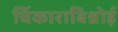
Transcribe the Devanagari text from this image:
चिंकाराबिश्नोई